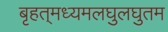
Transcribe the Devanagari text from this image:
बृहत्‌मध्यमलघुलघुतम